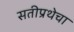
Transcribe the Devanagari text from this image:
सतीप्रथेचा